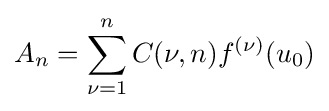
A_{n}=\sum _{\nu =1}^{n}C(\nu ,n)f^{(\nu )}(u_{0})